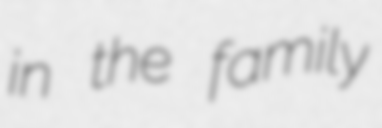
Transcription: in the family